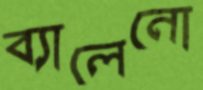
ব্যালেনো